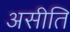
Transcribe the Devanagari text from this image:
असीति